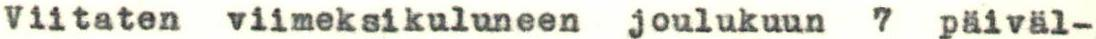
Viitaten viimeksikuluneen joulukuun 7 päiväl-